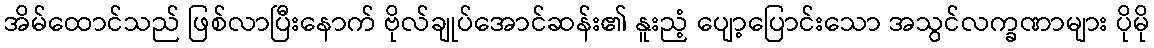
အိမ်ထောင်သည် ဖြစ်လာပြီးနောက် ဗိုလ်ချုပ်အောင်ဆန်း၏ နူးညံ့ ပျော့ပြောင်းသော အသွင်လက္ခဏာများ ပိုမို